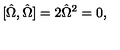
[ { \hat { \Omega } } , { \hat { \Omega } } ] = 2 { \hat { \Omega } } ^ { 2 } = 0 ,